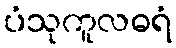
ပံသုကူလဓရံ